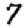
Digit: 7